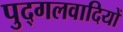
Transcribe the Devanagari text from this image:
पुद्गलवादियों